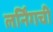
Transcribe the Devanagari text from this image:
लर्निंगची